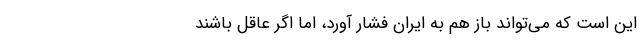
این است که می‌تواند باز هم به ایران فشار آورد، اما اگر عاقل باشند